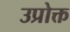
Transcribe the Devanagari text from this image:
उप्रोक्त